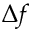
\Delta f